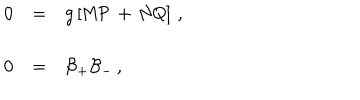
LaTeX: \begin{array} { r c l } { { 0 } } & { { = } } & { { g \left[ \mathsf { M } \mathsf { P } \, + \, \mathsf { N } \mathsf { Q } \right] \, , } } \\ { { } } & { { } } & { { } } \\ { { 0 } } & { { = } } & { { { \cal B } _ { + } { \cal B } _ { - } \, , } } \\ \end{array}